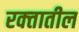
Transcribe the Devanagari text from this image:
रक्‍तातील